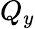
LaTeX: Q_{y}